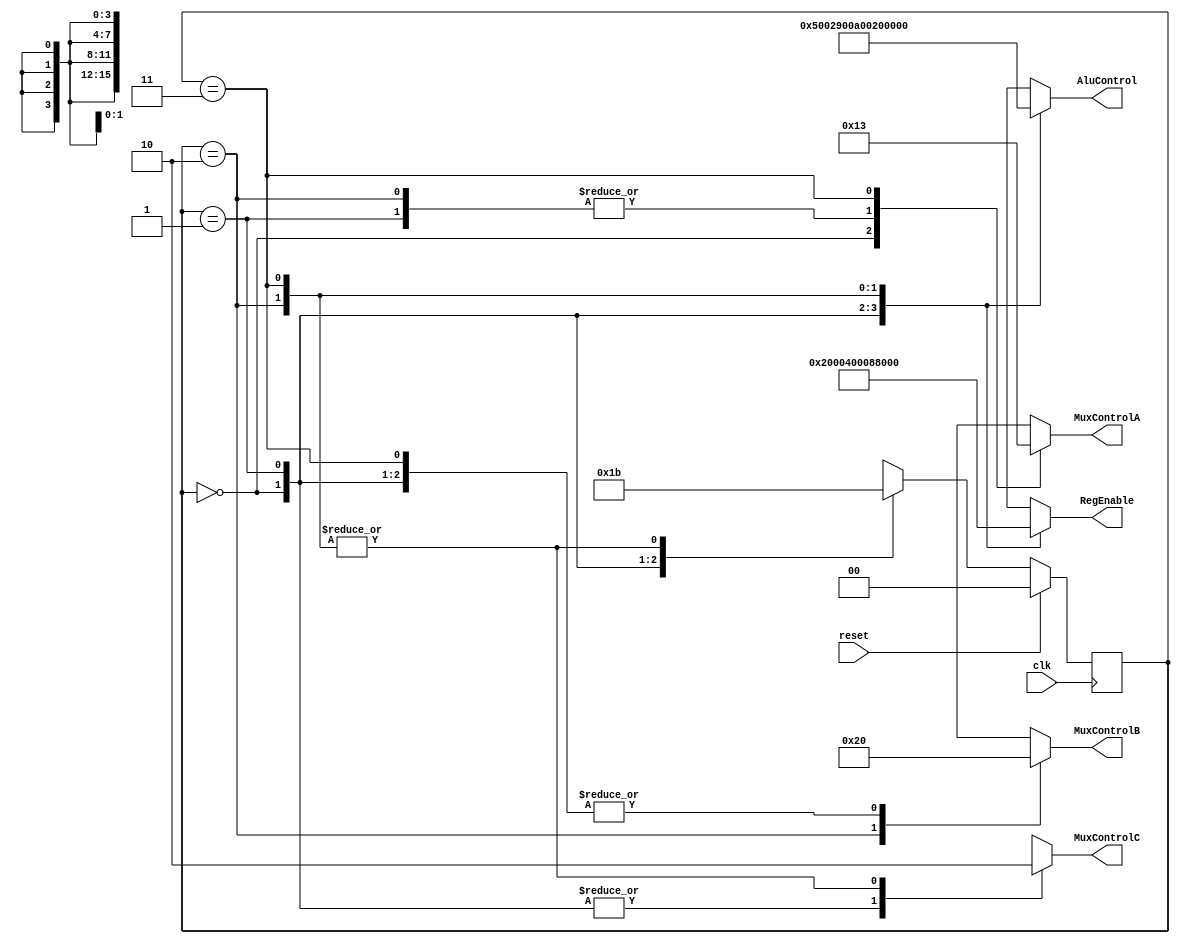
`timescale 1ns / 1ps
//////////////////////////////////////////////////////////////////////////////////
// Company: 
// Engineer: 
// 
// Design Name: 
// Module Name:    FSM 
// Project Name: 
// Target Devices: 
// Tool versions: 
// Description: 
//
// Dependencies: 
//
// Revision: 
// Revision 0.01 - File Created
// Additional Comments: 
//
//////////////////////////////////////////////////////////////////////////////////

module FSM_Basic (clk, reset, RegEnable, MuxControlA, MuxControlB, MuxControlC, AluControl);
	input clk, reset;
	output reg [15:0] RegEnable;
	output reg [3:0] MuxControlA, MuxControlB;
	output reg MuxControlC;
	output reg [15:0] AluControl;	
	
	
	parameter [1:0] s0 = 2'b00, s1 = 2'b01, s2 = 2'b10, s3 = 2'b11;
	
	reg [1:0] state = s0;
	
	// Define the next state combinational circuit
	always @(posedge clk)
	 begin
		if(reset == 1'b1)
		 begin
			state <= s0;
		 end
		else
		 begin
			case(state)
				s0: state <= s1;
				s1: state <= s2;
				s2: state <= s3;
				s3: state <= s3;
				default: state <= state;
			endcase
		 end
	 end

	always @(state)
	 begin
		case(state)
			s0: begin 
					RegEnable = 16'b 0000_0000_0000_0010; //r1 = 2 (0000_0000_0000_0010)
					MuxControlA = 4'b 0000;  // reg 0
					MuxControlB = 4'b 0000;  // doesn't matter, bc MuxC enabled
					MuxControlC = 1'b 1;    // 0 = reg, 1 = immed
					AluControl = 16'b 0101_0000_0000_0010;     // add immed. with empty reg; op 0000_0101, imm:0000_0010
				 end
			s1: begin 
					RegEnable = 16'b 0000_0000_0000_0100; // r2 = r1 - imm = 2 - 10 = -7 (1111_1111_1111_1000)
					MuxControlA = 4'b 0001; //reg 1
					MuxControlB = 4'b 0000; //doesnt matter
					MuxControlC = 1'b 1;
					AluControl = 16'b 1001_0000_0000_1010; // reg - imm. ;op 0000 1001, imm: 0000_1010
				 end			
			s2: begin 
					RegEnable = 16'b 0000_0000_0000_1000; // r3 = r1 or r2 = 1111_1111_1111_1010
					MuxControlA = 4'b 0001; //r1
					MuxControlB = 4'b 0010; //r2
					MuxControlC = 1'b 0; //no immed.
					AluControl = 16'b 0000_0000_0010_0000;  // or r2 r1; op 0000_0010, imm doesnt matter
				 end		
			s3: begin 
					RegEnable = 16'b 1000_0000_0000_0000;  // r15 = shift right 1(1111_1111_1111_1010) = 0111_1111_1111_1101
					MuxControlA = 4'b 0011;  //pass r3
					MuxControlB = 4'b 0000; // B reg doesnt matter
					MuxControlC = 1'b 0; //no imm
					AluControl = 16'b 0000_0000_1010_0000; // rshift r15; op 0000_1010, no imm
				 end	
			default: begin 
					RegEnable = 16'b 0000_0000_0000_0000; //shouldnt get here, leave as no-op
					MuxControlA = 4'b 0000;
					MuxControlB = 4'b 0000;
					MuxControlC = 1'b 0;
					AluControl = 16'b 0000_0000_0000_0000;
				 end
		endcase
	 end
endmodule